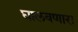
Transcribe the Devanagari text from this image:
घालवणारा